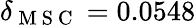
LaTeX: \delta_{\mathrm{~M~S~C~}}=0.0548